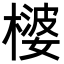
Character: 𪳪